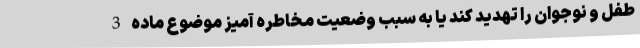
طفل و نوجوان را تهدید کند یا به سبب وضعیت مخاطره آمیز موضوع ماده 3